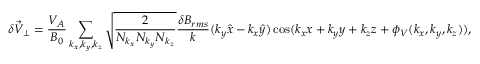
\delta \vec { V } _ { \perp } = \frac { V _ { A } } { B _ { 0 } } \sum _ { k _ { x } , k _ { y } , k _ { z } } \sqrt { \frac { 2 } { N _ { k _ { x } } N _ { k _ { y } } N _ { k _ { z } } } } \frac { \delta B _ { r m s } } { k } ( k _ { y } \hat { x } - k _ { x } \hat { y } ) \cos ( k _ { x } x + k _ { y } y + k _ { z } z + \phi _ { V } ( k _ { x } , k _ { y } , k _ { z } ) ) ,